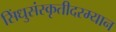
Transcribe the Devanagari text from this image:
सिंधुसंस्कृतीदरम्यान